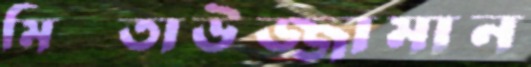
মিফ্তাউজ্জামান